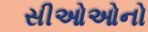
સીઓઓનો